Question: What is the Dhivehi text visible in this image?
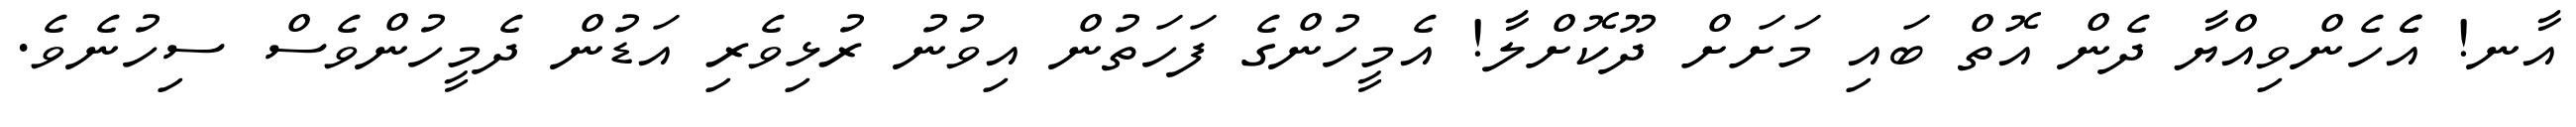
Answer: އާނ! އެެހެންވިއްޔާ ދެން އޮތް ބައި މަށަށް ދޫކޮށްލާ! އެމީހުންގެ ފަހަތުން އިވުނު ރުޅިވެރި އަޑުން ދެމީހުންވެސް ސިހުނެވެ.